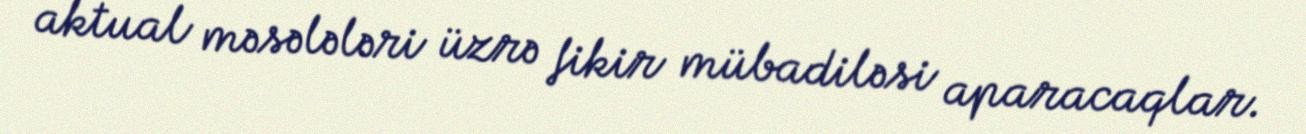
aktual məsələləri üzrə fikir mübadiləsi aparacaqlar.